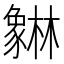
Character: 𰶯